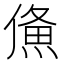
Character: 𤌈